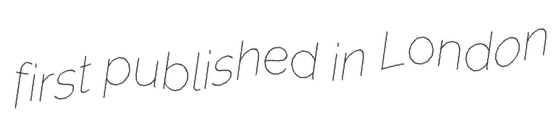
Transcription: first published in London